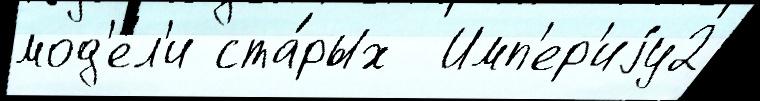
мод'е́л'и ста́рых  Имп'ер'иjу2